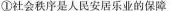
①社会秩序是人民安居乐业的保障